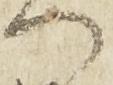
へ